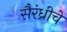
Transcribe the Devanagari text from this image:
सैरंध्रीचे